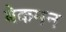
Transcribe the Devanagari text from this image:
बेकमन